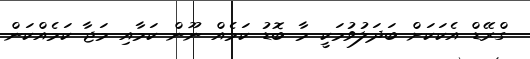
ގްރޭޑް އެކަކަށް ބަދަލުވުމަކީ މާ ބޮޑު ކަމެއް ނޫން ކަމާއި މަޖާ ކަމެއްކަން